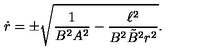
\dot { r } = \pm \sqrt { { \frac { 1 } { B ^ { 2 } A ^ { 2 } } } - { \frac { \ell ^ { 2 } } { B ^ { 2 } \tilde { B } ^ { 2 } r ^ { 2 } } } } .